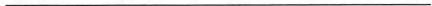
___